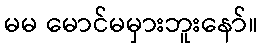
မမ မောင်မမှားဘူးနော်။